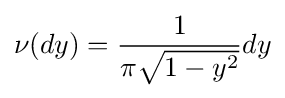
\nu (dy)={\frac {1}{\pi {\sqrt {1-y^{2}}}}}dy